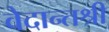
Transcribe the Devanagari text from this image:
वेदान्तश्री